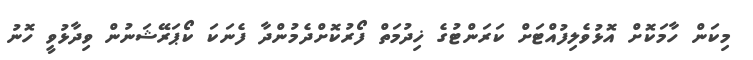
މިކަން ހާމަކޮށް އޮޅުވެލިފުއްޓަށް ކަރަންޓުގެ ޚިދުމަތް ފޯރުކޮށްދެމުންދާ ފެނަކަ ކޯޕަރޭޝަނުން ވިދާޅުވީ ހޮނު